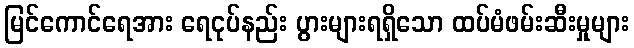
မြင်ကောင်ရေအား ရေငုပ်နည်း ပွားများရရှိသော ထပ်မံဖမ်းဆီးမှုများ